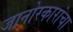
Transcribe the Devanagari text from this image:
जानोरकारांचा